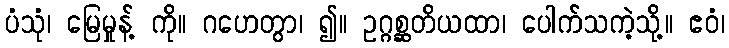
ပံသုံ၊ မြေမှုန့် ကို။ ဂဟေတွာ၊ ၍။ ဥဂ္ဂစ္ဆတိယထာ၊ ပေါက်သကဲ့သို့။ ဧဝံ၊